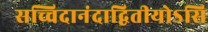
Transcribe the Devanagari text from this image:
सच्चिदानंदाद्वितीयोऽसि